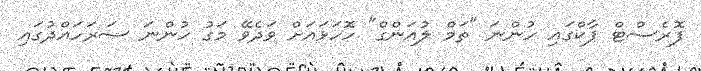
ފޮރެސްޓް ޕާކްގައި ހުންނަ "ތަމް ލުއަންގް" ހޮހަޅައަށް ވަދެވޭ މަގު ހުންނަ ސަރަހައްދުގައި